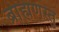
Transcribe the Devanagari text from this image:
ब्राह्मणस्तु